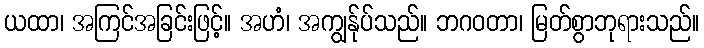
ယထာ၊ အကြင်အခြင်းဖြင့်။ အဟံ၊ အကျွန်ုပ်သည်။ ဘဂဝတာ၊ မြတ်စွာဘုရားသည်။